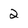
Character: 2